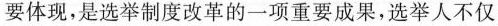
要体现，是选举制度改革的一项重要成果，选举人不仅